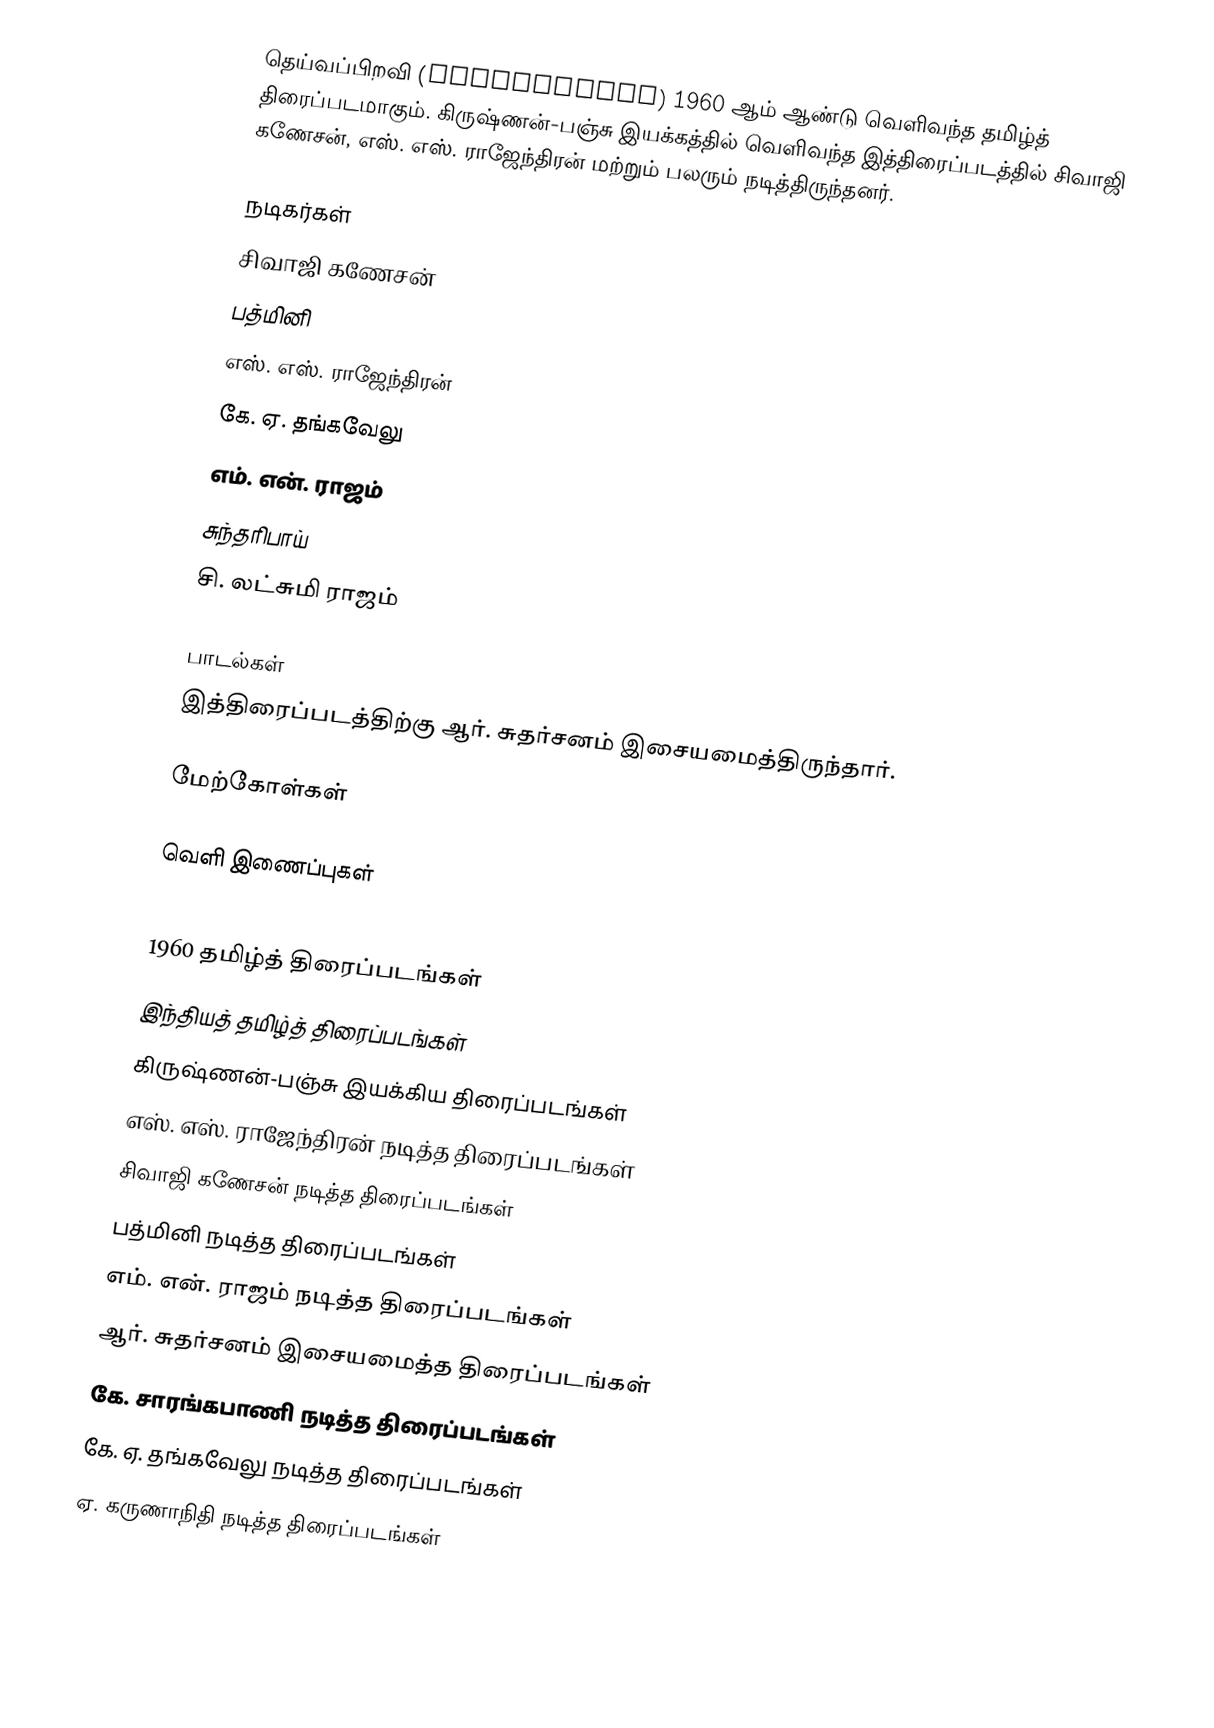
தெய்வப்பிறவி (Deivapiravi) 1960 ஆம் ஆண்டு வெளிவந்த தமிழ்த் திரைப்படமாகும். கிருஷ்ணன்-பஞ்சு இயக்கத்தில் வெளிவந்த இத்திரைப்படத்தில் சிவாஜி கணேசன், எஸ். எஸ். ராஜேந்திரன் மற்றும் பலரும் நடித்திருந்தனர்.

நடிகர்கள்
சிவாஜி கணேசன்
பத்மினி
எஸ். எஸ். ராஜேந்திரன்
கே. ஏ. தங்கவேலு
எம். என். ராஜம்
சுந்தரிபாய்
சி. லட்சுமி ராஜம்

பாடல்கள்
இத்திரைப்படத்திற்கு ஆர். சுதர்சனம் இசையமைத்திருந்தார்.

மேற்கோள்கள்

வெளி இணைப்புகள்

1960 தமிழ்த் திரைப்படங்கள்
இந்தியத் தமிழ்த் திரைப்படங்கள்
கிருஷ்ணன்-பஞ்சு இயக்கிய திரைப்படங்கள்
எஸ். எஸ். ராஜேந்திரன் நடித்த திரைப்படங்கள்
சிவாஜி கணேசன் நடித்த திரைப்படங்கள்
பத்மினி நடித்த திரைப்படங்கள்
எம். என். ராஜம் நடித்த திரைப்படங்கள்
ஆர். சுதர்சனம் இசையமைத்த திரைப்படங்கள்
கே. சாரங்கபாணி நடித்த திரைப்படங்கள்
கே. ஏ. தங்கவேலு நடித்த திரைப்படங்கள்
ஏ. கருணாநிதி நடித்த திரைப்படங்கள்